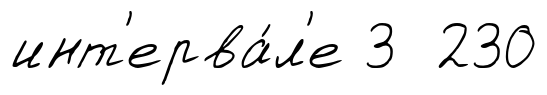
инт'ерва́л'е 3 230